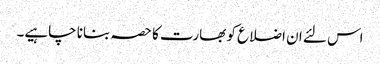
اس لئے ان اضلاع کو بھارت کا حصہ بنانا چاہیے۔